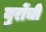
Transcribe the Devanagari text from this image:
युरोंची